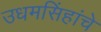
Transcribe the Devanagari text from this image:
उधमसिंहांचे